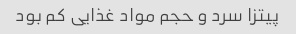
پیتزا سرد و حجم مواد غذایی کم بود